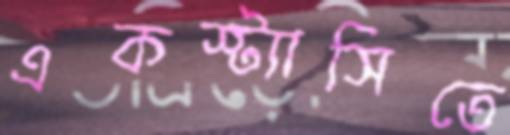
একস্ট্যাসিতে